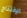
الإفتتاح